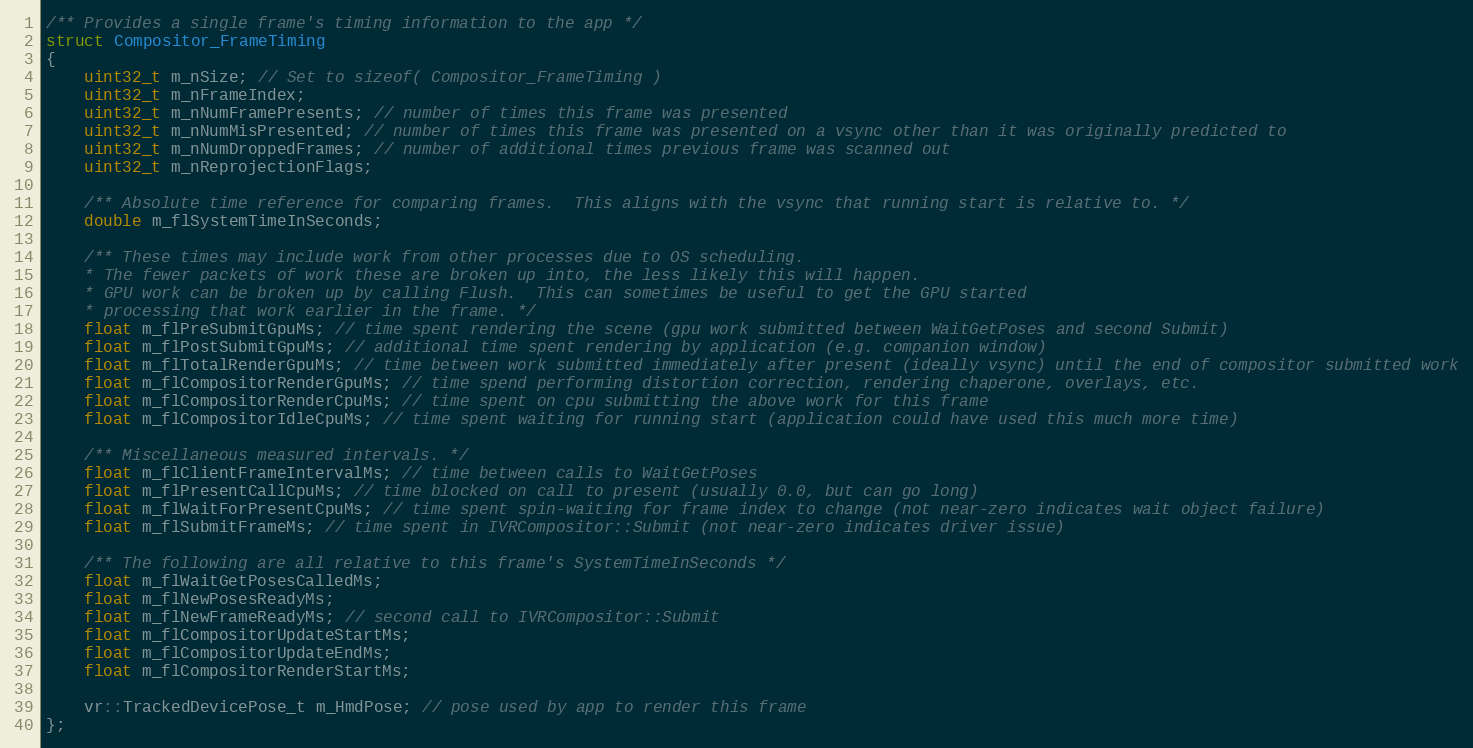
Language: C
/** Provides a single frame's timing information to the app */
struct Compositor_FrameTiming
{
	uint32_t m_nSize; // Set to sizeof( Compositor_FrameTiming )
	uint32_t m_nFrameIndex;
	uint32_t m_nNumFramePresents; // number of times this frame was presented
	uint32_t m_nNumMisPresented; // number of times this frame was presented on a vsync other than it was originally predicted to
	uint32_t m_nNumDroppedFrames; // number of additional times previous frame was scanned out
	uint32_t m_nReprojectionFlags;

	/** Absolute time reference for comparing frames.  This aligns with the vsync that running start is relative to. */
	double m_flSystemTimeInSeconds;

	/** These times may include work from other processes due to OS scheduling.
	* The fewer packets of work these are broken up into, the less likely this will happen.
	* GPU work can be broken up by calling Flush.  This can sometimes be useful to get the GPU started
	* processing that work earlier in the frame. */
	float m_flPreSubmitGpuMs; // time spent rendering the scene (gpu work submitted between WaitGetPoses and second Submit)
	float m_flPostSubmitGpuMs; // additional time spent rendering by application (e.g. companion window)
	float m_flTotalRenderGpuMs; // time between work submitted immediately after present (ideally vsync) until the end of compositor submitted work
	float m_flCompositorRenderGpuMs; // time spend performing distortion correction, rendering chaperone, overlays, etc.
	float m_flCompositorRenderCpuMs; // time spent on cpu submitting the above work for this frame
	float m_flCompositorIdleCpuMs; // time spent waiting for running start (application could have used this much more time)

	/** Miscellaneous measured intervals. */
	float m_flClientFrameIntervalMs; // time between calls to WaitGetPoses
	float m_flPresentCallCpuMs; // time blocked on call to present (usually 0.0, but can go long)
	float m_flWaitForPresentCpuMs; // time spent spin-waiting for frame index to change (not near-zero indicates wait object failure)
	float m_flSubmitFrameMs; // time spent in IVRCompositor::Submit (not near-zero indicates driver issue)

	/** The following are all relative to this frame's SystemTimeInSeconds */
	float m_flWaitGetPosesCalledMs;
	float m_flNewPosesReadyMs;
	float m_flNewFrameReadyMs; // second call to IVRCompositor::Submit
	float m_flCompositorUpdateStartMs;
	float m_flCompositorUpdateEndMs;
	float m_flCompositorRenderStartMs;

	vr::TrackedDevicePose_t m_HmdPose; // pose used by app to render this frame
};